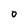
Character: O